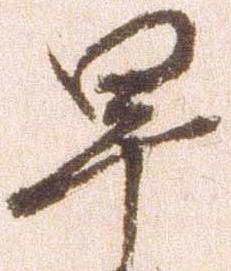
早